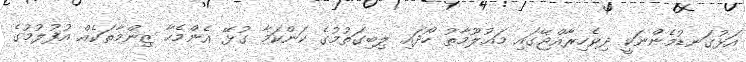
އަޅުގަނޑުމެންނަކީ ދިވެހިރާއްޖޭގައި މަޢުލޫމާތު ހޯދައި ލިބިގަތުމުގެ ކަންކަމާ ގުޅޭ އެންމެހާ ޒިންމާތަކެއް އުފުލުމުގެ